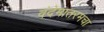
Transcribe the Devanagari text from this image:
वंदेमातरमचा